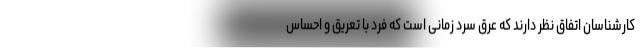
کارشناسان اتفاق نظر دارند که عرق سرد زمانی است که فرد با تعریق و احساس